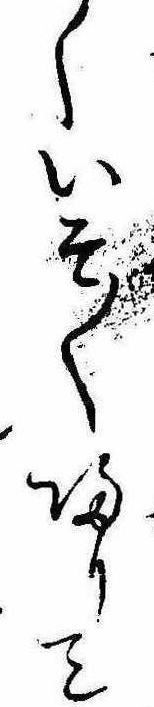
くいそ〱帰りて